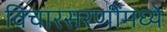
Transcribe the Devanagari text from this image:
विचारसरणींमध्ये